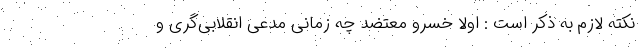
نکته لازم به ذکر است : اولا خسرو معتضد چه زمانی مدعی انقلابی‌گری و